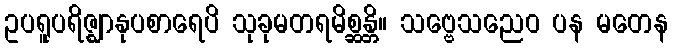
ဥပရူပရိဇ္ဈာနုပစာရေပိ သုခုမတရမိစ္ဆန္တိ။ သဗ္ဗေသညေဝ ပန မတေန